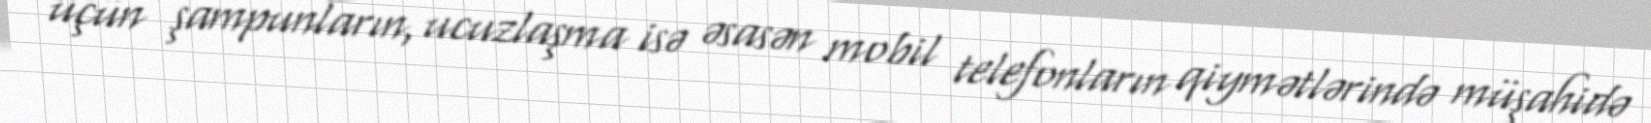
üçün şampunların, ucuzlaşma isə əsasən mobil telefonların qiymətlərində müşahidə